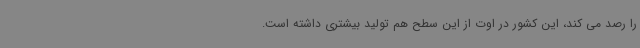
را رصد می کند، این کشور در اوت از این سطح هم تولید بیشتری داشته است.